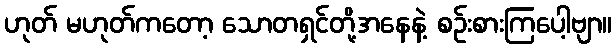
ဟုတ် မဟုတ်ကတော့ သောတရှင်တို့အနေနဲ့ စဉ်းစားကြပေါ့ဗျာ။